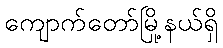
ကျောက်တော်မြို့နယ်ရှိ